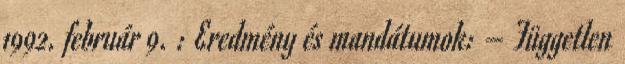
1992. február 9. : Eredmény és mandátumok: – Független